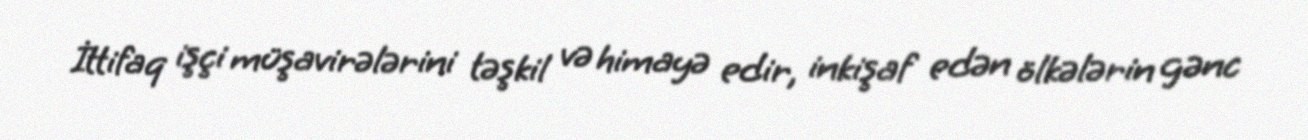
İttifaq işçi müşavirələrini təşkil və himayə edir, inkişaf edən ölkələrin gənc